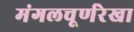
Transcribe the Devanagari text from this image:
मंगलचूर्णरेखा